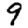
Digit: 9